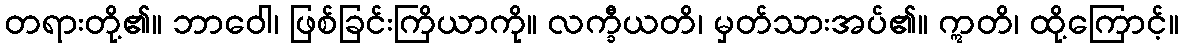
တရားတို့၏။ ဘာဝေါ၊ ဖြစ်ခြင်းကြိယာကို။ လက္ခီယတိ၊ မှတ်သားအပ်၏။ ဣတိ၊ ထို့ကြောင့်။